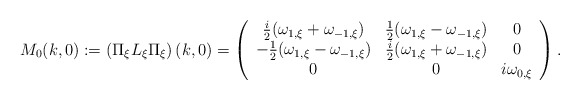
\begin{align*}M_0(k,0):=\left(\Pi_\xi L_\xi\Pi_\xi\right)(k,0)=\left(\begin{array}{ccc}\frac{i}{2}(\omega_{1,\xi}+\omega_{-1,\xi}) & \frac{1}{2}(\omega_{1,\xi}-\omega_{-1,\xi}) & 0\\- \frac{1}{2}(\omega_{1,\xi}-\omega_{-1,\xi}) & \frac{i}{2}(\omega_{1,\xi}+\omega_{-1,\xi}) & 0\\0 & 0 & i\omega_{0,\xi}\end{array}\right).\end{align*}